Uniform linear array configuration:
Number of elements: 8
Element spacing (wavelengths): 0.5
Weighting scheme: hamming
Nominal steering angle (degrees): -45
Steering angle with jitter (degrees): -45.909
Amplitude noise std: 0.05
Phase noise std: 0.05

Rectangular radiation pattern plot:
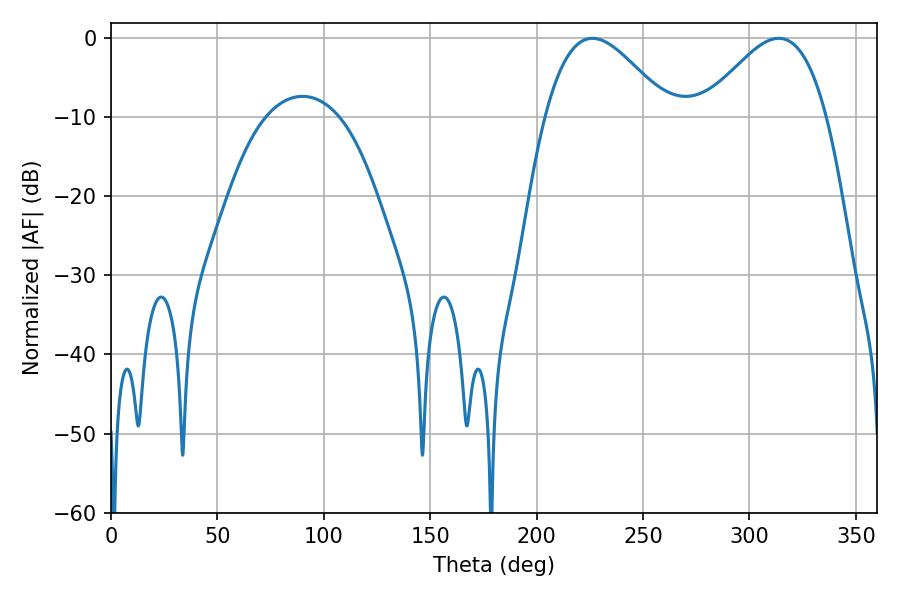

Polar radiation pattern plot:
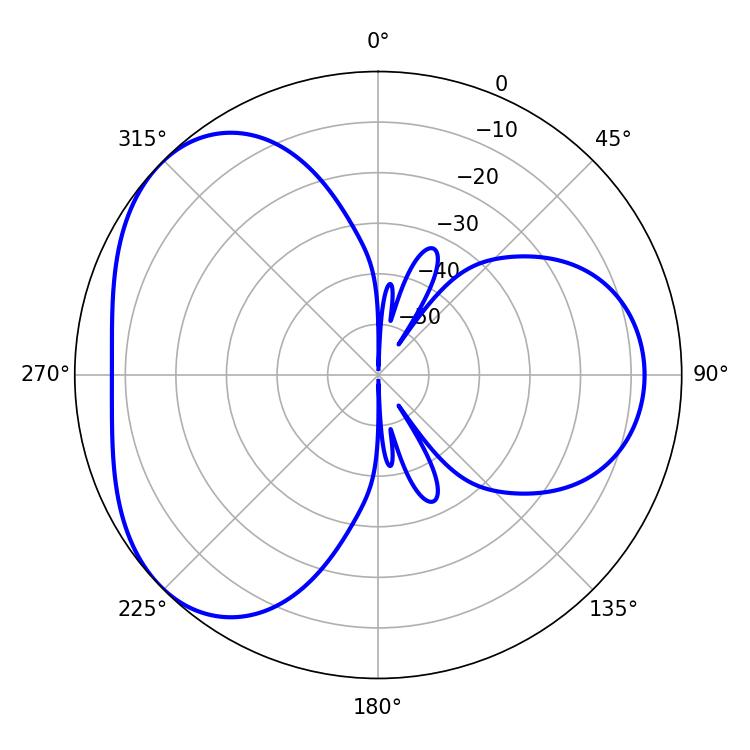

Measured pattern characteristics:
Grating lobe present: FALSE
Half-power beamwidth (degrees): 31.14
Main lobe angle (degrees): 226.26